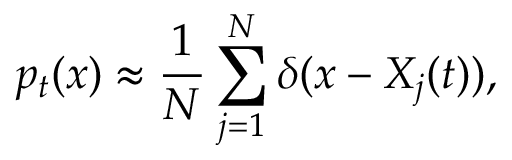
p _ { t } ( x ) \approx \frac { 1 } { N } \sum _ { j = 1 } ^ { N } \delta ( x - X _ { j } ( t ) ) ,